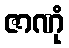
ဇာဏုံ